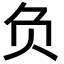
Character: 负